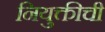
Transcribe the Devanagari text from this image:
नियुक्तीची